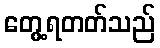
တွေ့ရတတ်သည်